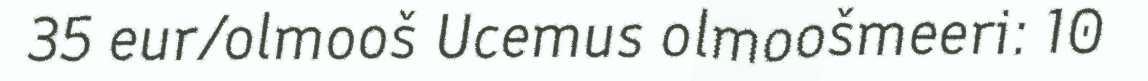
35 eur/olmooš Ucemus olmoošmeeri: 10